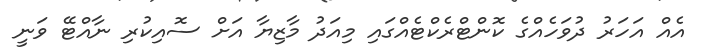
އެއް އަހަރު ދުވަހެއްގެ ކޮންޓްރެކްޓެއްގައި މިއަދު މާޒިޔާ އަށް ސޮއިކުރި ނާއްޓޭ ވަނީ